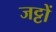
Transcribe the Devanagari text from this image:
जट्टों